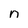
Character: n